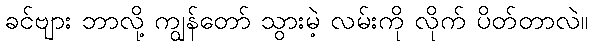
ခင်ဗျား ဘာလို့ ကျွန်တော် သွားမဲ့ လမ်းကို လိုက် ပိတ်တာလဲ။